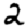
Digit: 2